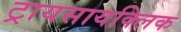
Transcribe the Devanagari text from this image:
ट्रायसायक्लिक